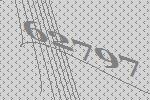
62797